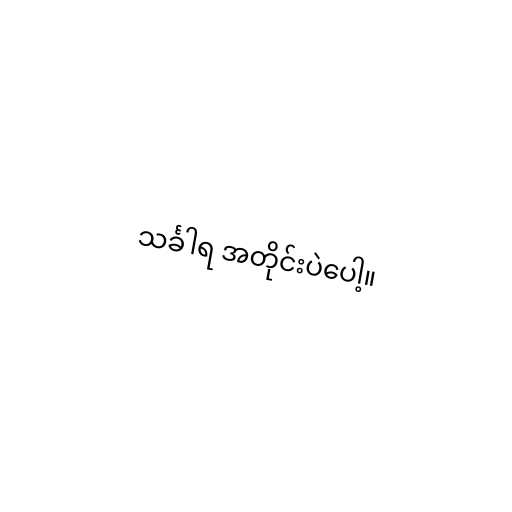
သင်္ခါရ အတိုင်းပဲပေါ့။